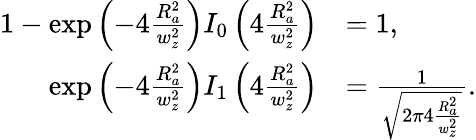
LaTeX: \begin{array}{rl}{1-\exp\left(-4\frac{R_{a}^{2}}{w_{z}^{2}}\right)I_{0}\left(4\frac{R_{a}^{2}}{w_{z}^{2}}\right)}&{=1,}\\ {\exp\left(-4\frac{R_{a}^{2}}{w_{z}^{2}}\right)I_{1}\left(4\frac{R_{a}^{2}}{w_{z}^{2}}\right)}&{=\frac{1}{\sqrt{2\pi 4\frac{R_{a}^{2}}{w_{z}^{2}}}}.}\end{array}